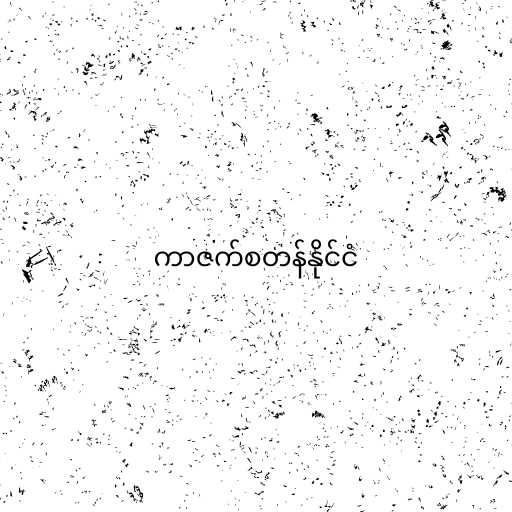
ကာဇက်စတန်နိုင်ငံ